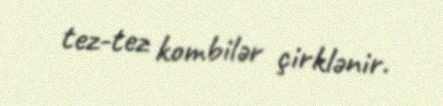
tez-tez kombilər çirklənir.